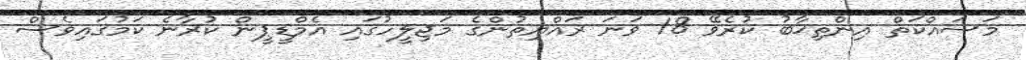
މަސައްކަތް އިންތިޚާބު ކުރެވޭ 18 ވަނަ ރައްޔިތުންގެ މަޖިލީހުގައި އެމްޑީޕީން ކުރާނެ ކަމުގައިވެސް